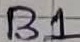
Text: B1